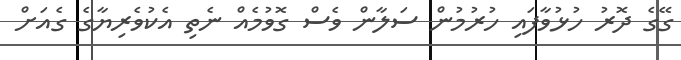
ގޭގެ ދޮރު ހުޅުވާފައި ހުރުމުން ސަލާން ވެސް ގޮވުމެއް ނެތި އެކުވެރިޔާގެ ގެއަށް